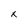
Character: x